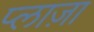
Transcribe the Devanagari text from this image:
प्‍लाज़ा